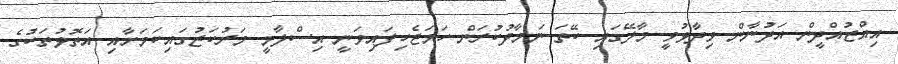
އިއްޒުއްދީން އަދުނާން ވިދާޅުވީ މާލޭގައި ކޭތަ ނަމާދުކުރަން ހަމަޖެހިފައިވަނީ އިސްލާމީ މަރުކަޒުގައިކަމަށާއި އަތޮޅުތަކުގެ